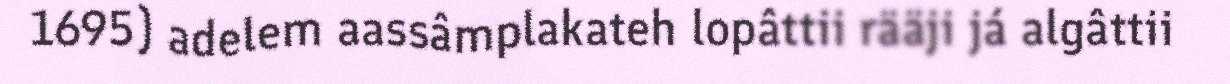
1695) adelem aassâmplakateh lopâttii rääji já algâttii